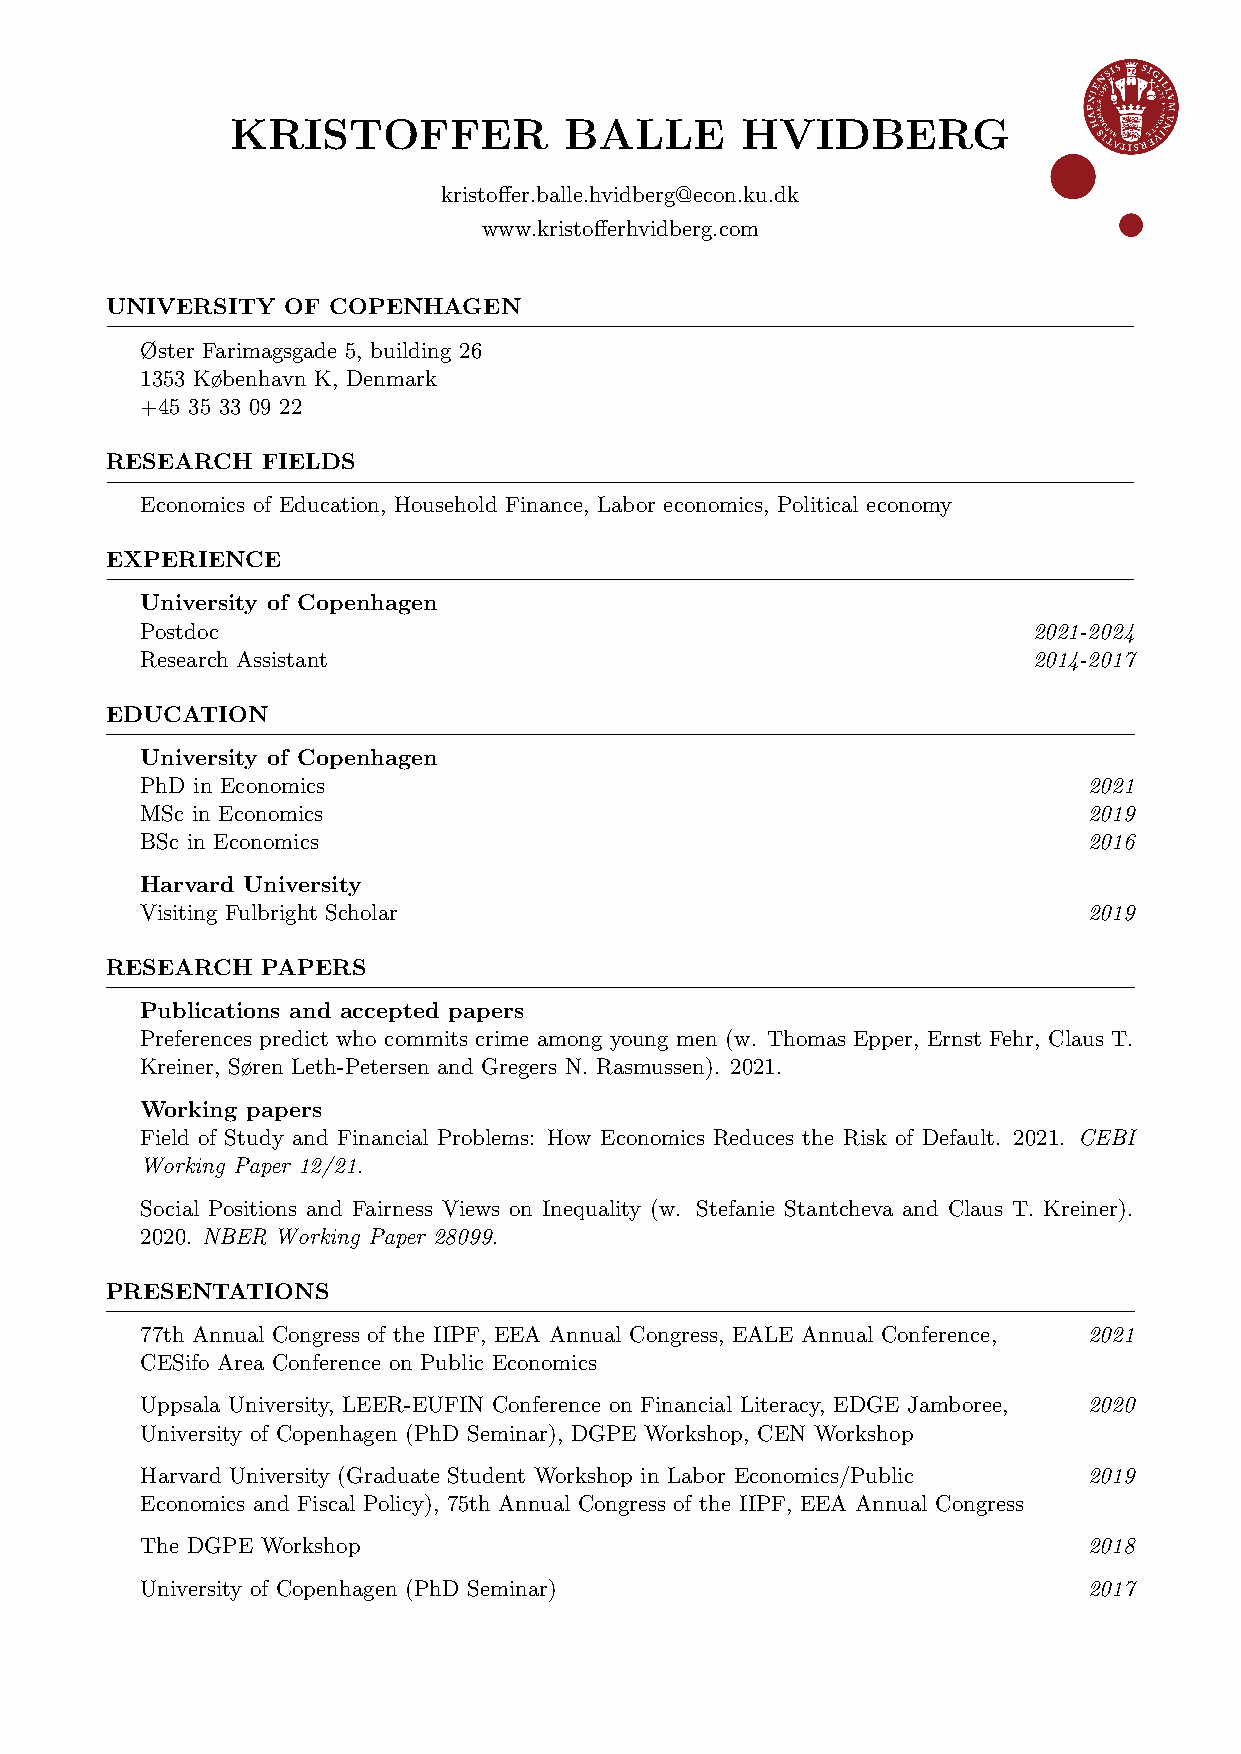
KRISTOFFER            BALLE       HVIDBERG
 kristoffer.balle.hvidberg@econ.ku.dk
 www.kristofferhvidberg.com
 UNIVERSITY  OF COPENHAGEN
 Øster Farimagsgade 5, building 26
 1353 København K, Denmark
 +45 35 33 09 22
 RESEARCH  FIELDS
 Economics of Education, Household Finance, Labor economics, Political economy
 EXPERIENCE
 University of Copenhagen
 Postdoc                                                    2021-2024
 Research Assistant                                         2014-2017
 EDUCATION
 University of Copenhagen
 PhD in Economics                                               2021
 MSc in Economics                                               2019
 BSc in Economics                                               2016
 Harvard University
 Visiting Fulbright Scholar                                     2019
 RESEARCH  PAPERS
 Publications and accepted papers
 Preferences predict who commits crime among young men (w. Thomas Epper, Ernst Fehr, Claus T.
 Kreiner, Søren Leth-Petersen and Gregers N. Rasmussen). 2021.
 Working papers
 Field of Study and Financial Problems: How Economics Reduces the Risk of Default. 2021. CEBI
 Working Paper 12/21.
 Social Positions and Fairness Views on Inequality (w. Stefanie Stantcheva and Claus T. Kreiner).
 2020. NBER Working Paper 28099.
 PRESENTATIONS
 77th Annual Congress of the IIPF, EEA Annual Congress, EALE Annual Conference, 2021
 CESifo Area Conference on Public Economics
 Uppsala University, LEER-EUFIN Conference on Financial Literacy, EDGE Jamboree, 2020
 University of Copenhagen (PhD Seminar), DGPE Workshop, CEN Workshop
 Harvard University (Graduate Student Workshop in Labor Economics/Public 2019
 Economics and Fiscal Policy), 75th Annual Congress of the IIPF, EEA Annual Congress
 The DGPE Workshop                                              2018
 University of Copenhagen (PhD Seminar)                         2017